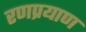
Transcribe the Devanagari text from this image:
रणप्रयाण